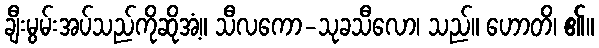
ချီးမွမ်းအပ်သည်ကိုဆိုအံ့။ သီလကော-သုခသီလော၊ သည်။ ဟောတိ၊ ၏။